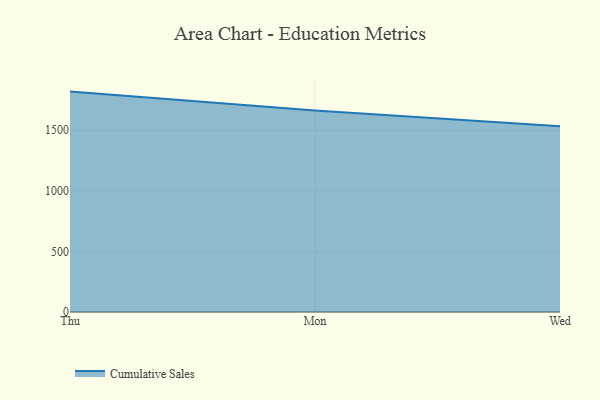
{"axis": {"x": "Day", "y": "Net Income (USD K)"}, "legend": ["Cumulative Sales"], "data": [{"x": "Thu", "y": 1817.7, "type": "Cumulative Sales"}, {"x": "Mon", "y": 1661.6, "type": "Cumulative Sales"}, {"x": "Wed", "y": 1531.6, "type": "Cumulative Sales"}]}